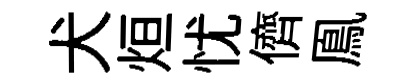
犬烜忧儕鳯